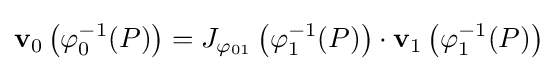
{\mathbf {v} }_{0}\left(\varphi _{0}^{-1}(P)\right)=J_{\varphi _{01}}\left(\varphi _{1}^{-1}(P)\right)\cdot {\mathbf {v} }_{1}\left(\varphi _{1}^{-1}(P)\right)